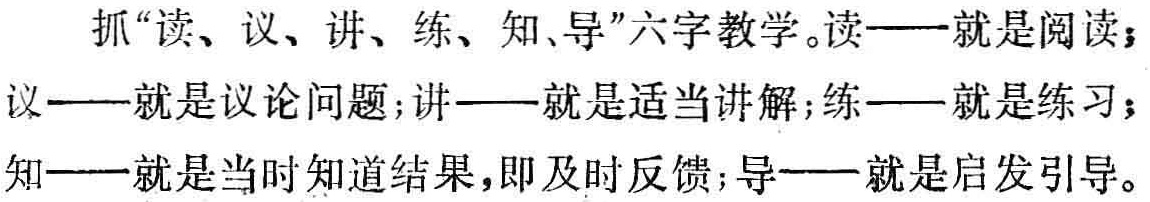
抓“读、议、讲、练、知、导”六字教学。读——就是阅读；议——就是议论问题；讲——就是适当讲解；练——就是练习；知——就是当时知道结果，即及时反馈；导——就是启发引导。